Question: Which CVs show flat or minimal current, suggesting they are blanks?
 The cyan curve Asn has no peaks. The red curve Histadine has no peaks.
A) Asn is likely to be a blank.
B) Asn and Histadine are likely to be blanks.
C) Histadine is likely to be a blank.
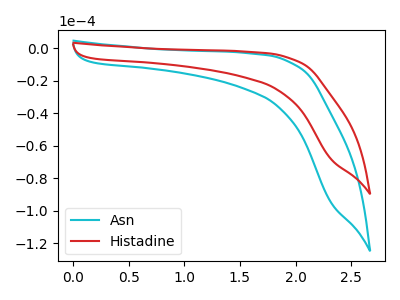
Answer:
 <answer>B) "Asn" and "Histadine" are likely to be blanks.</answer>
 <eval>B</eval>